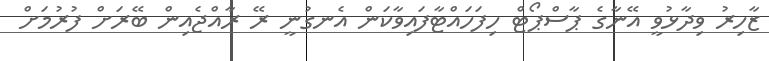
ޒާހިރު ވިދާޅުވީ އޭނާގެ ޕާސްޕޯޓް ހިފަހައްޓާފައިވާކަން އެނގުނީ ރޭ ރާއްޖެއިން ބޭރަށް ފުރުމަށް